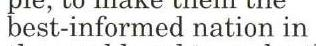
best-informed nation in